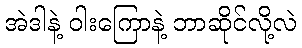
အဲဒါနဲ့ ဝါးကြောနဲ့ ဘာဆိုင်လို့လဲ